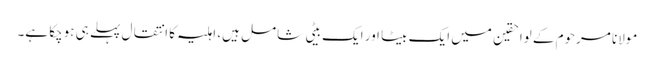
مولانا مرحوم کے لواحقین میں ایک بیٹا اور ایک بیٹی شامل ہیں، اہلیہ کا انتقال پہلے ہی ہوچکا ہے۔